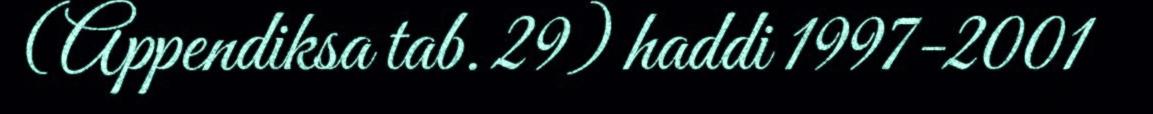
(Appendiksa tab. 29) haddi 1997-2001